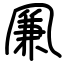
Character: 凲